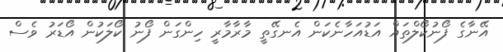
އޭނާގެ ފޯނުކޯލްތައް އަޑުއަހާނެކަން އެނގޭތީ މާރާމާރީ ހިންގަން ފޯނު ކޯލަކުން އޯޑަރު ވެސް